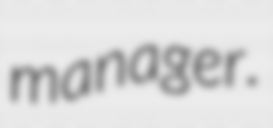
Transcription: manager.